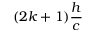
( 2 k + 1 ) \frac { h } { c }